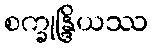
စက္ခုန္ဒြိယဿ